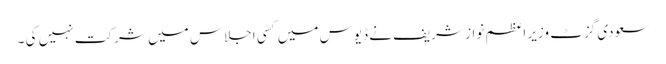
سعودی گزٹ وزیر اعظم نواز شریف نے ڈیوس میں کسی اجلاس میں شرکت نہیں کی ۔